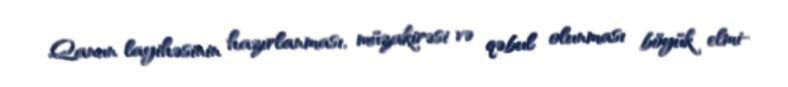
Qanun layihəsinin hazırlanması, müzakirəsi və qəbul olunması böyük elmi-